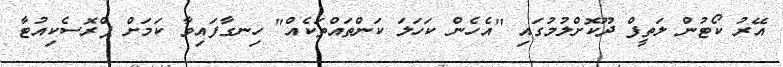
އޭރު ކޯޓުން ލަތީފް ދޫކޮށްލުމުގައި "އެހެން ކަހަލަ ކަންތައްތަކެއް" ހިނގާފައިވާ ކަމަށް ޕްރޮސެކިއުޓާ